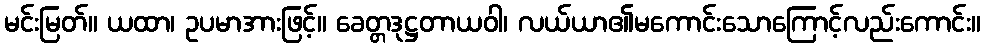
မင်းမြတ်။ ယထာ၊ ဥပမာအားဖြင့်။ ခေတ္တဒုဋ္ဌတာယဝါ၊ လယ်ယာ၏မကောင်းသောကြောင့်လည်းကောင်း။